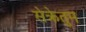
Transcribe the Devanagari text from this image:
सेक्रेतुम